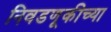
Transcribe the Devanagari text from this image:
निवडणूकीच्या